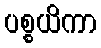
ပစ္စယိကာ